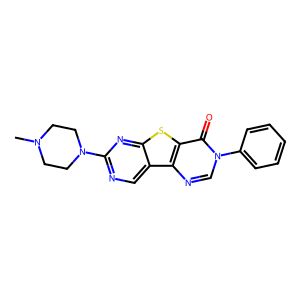
SMILES: CN1CCN(c2ncc3c(n2)sc2c(=O)n(-c4ccccc4)cnc23)CC1
Inhibits HIV replication: No